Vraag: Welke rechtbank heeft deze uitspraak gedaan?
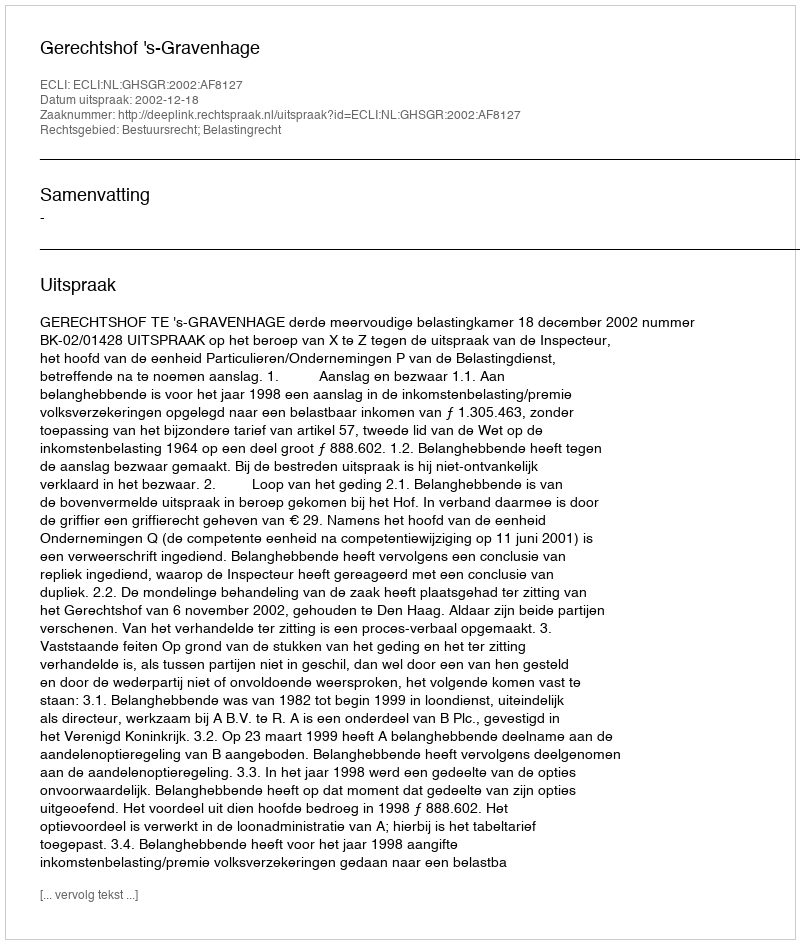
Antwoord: Gerechtshof 's-Gravenhage